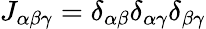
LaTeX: J_{\alpha\beta\gamma}=\delta_{\alpha\beta}\delta_{\alpha\gamma}\delta_{\beta\gamma}